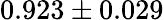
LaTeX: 0.923\pm 0.029